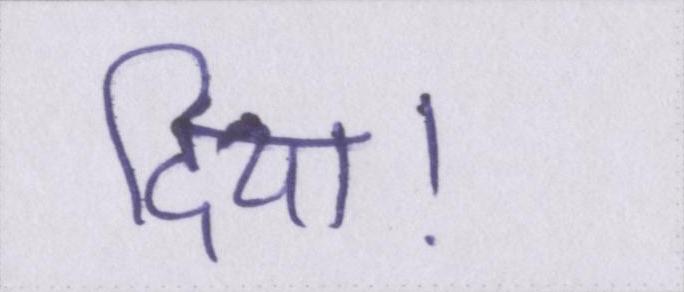
दिया।